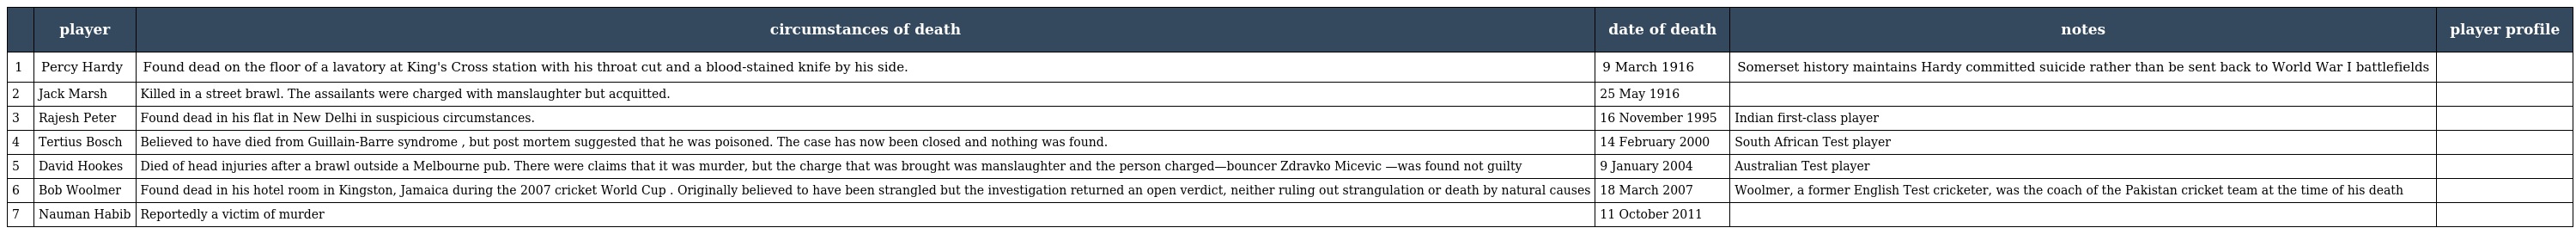
|  | player | circumstances of death | date of death | notes | player profile |
 | --- | --- | --- | --- | --- | --- |
 | 1 | Percy Hardy | Found dead on the floor of a lavatory at King's Cross station with his throat cut and a blood-stained knife by his side. | 9 March 1916 | Somerset history maintains Hardy committed suicide rather than be sent back to World War I battlefields |  |
 | 2 | Jack Marsh | Killed in a street brawl. The assailants were charged with manslaughter but acquitted. | 25 May 1916 |  |  |
 | 3 | Rajesh Peter | Found dead in his flat in New Delhi in suspicious circumstances. | 16 November 1995 | Indian first-class player |  |
 | 4 | Tertius Bosch | Believed to have died from Guillain-Barre syndrome , but post mortem suggested that he was poisoned. The case has now been closed and nothing was found. | 14 February 2000 | South African Test player |  |
 | 5 | David Hookes | Died of head injuries after a brawl outside a Melbourne pub. There were claims that it was murder, but the charge that was brought was manslaughter and the person charged—bouncer Zdravko Micevic —was found not guilty | 9 January 2004 | Australian Test player |  |
 | 6 | Bob Woolmer | Found dead in his hotel room in Kingston, Jamaica during the 2007 cricket World Cup . Originally believed to have been strangled but the investigation returned an open verdict, neither ruling out strangulation or death by natural causes | 18 March 2007 | Woolmer, a former English Test cricketer, was the coach of the Pakistan cricket team at the time of his death |  |
 | 7 | Nauman Habib | Reportedly a victim of murder | 11 October 2011 |  |  |